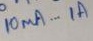
Text: 10µA...1A